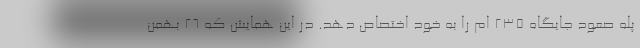
پله صعود جایگاه ۲۳۵ ام را به خود اختصاص دهد. در این همایش که ۲۶ بهمن